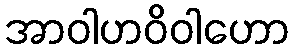
အာဝါဟဝိဝါဟော